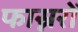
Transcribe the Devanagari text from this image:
फास्नरों